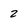
Character: 2